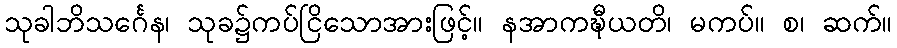
သုခါဘိသင်္ဂေန၊ သုခ၌ကပ်ငြိသောအားဖြင့်။ နအာကဍ္ဎီယတိ၊ မကပ်။ စ၊ ဆက်။